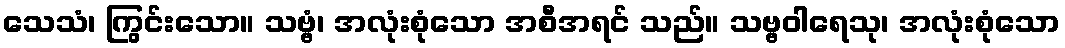
သေသံ၊ ကြွင်းသော။ သဗ္ဗံ၊ အလုံးစုံသော အစီအရင် သည်။ သဗ္ဗဝါရေသု၊ အလုံးစုံသော